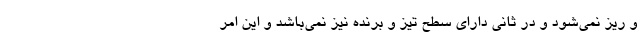
و ریز نمی‌شود و در ثانی دارای سطح تیز و برنده نیز نمی‌باشد و این امر